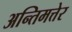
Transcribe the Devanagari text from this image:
अन्तिमत्तेर